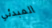
المبدئي